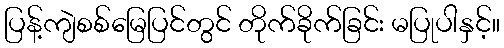
ပြန့်ကျဲစစ်မြေပြင်တွင် တိုက်ခိုက်ခြင်း မပြုပါနှင့်။